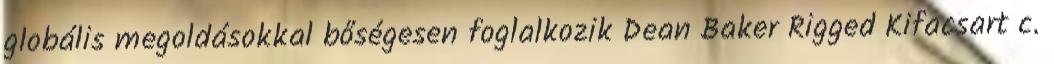
globális megoldásokkal bőségesen foglalkozik Dean Baker Rigged Kifacsart c.